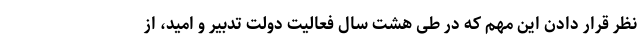
نظر قرار دادن این مهم که در طی هشت سال فعالیت دولت تدبیر و امید، از